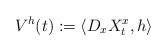
LaTeX: \begin{align*}V^h(t) := \langle D_x X^x_t , h\rangle\end{align*}